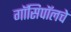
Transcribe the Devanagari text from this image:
गॉसिपॉलचे